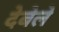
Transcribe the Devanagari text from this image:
देबेले